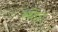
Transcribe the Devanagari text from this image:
रथेष्ठाः